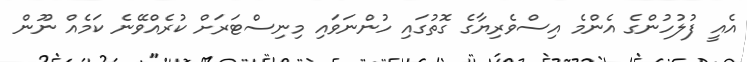
އެއީ ފުލުހުންގެ އެންމެ އިސްވެރިޔާގެ ގޮތުގައި ހުންނަވައި މިނިސްޓަރަށް ކުރެއްވޭނެ ކަމެއް ނޫން